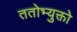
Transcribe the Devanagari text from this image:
ततोभ्युक्तो